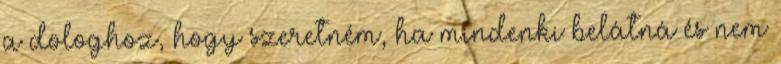
a dologhoz, hogy szeretném, ha mindenki belátná és nem